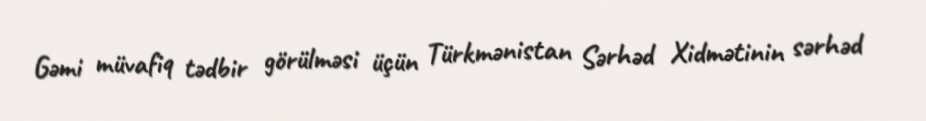
Gəmi müvafiq tədbir görülməsi üçün Türkmənistan Sərhəd Xidmətinin sərhəd